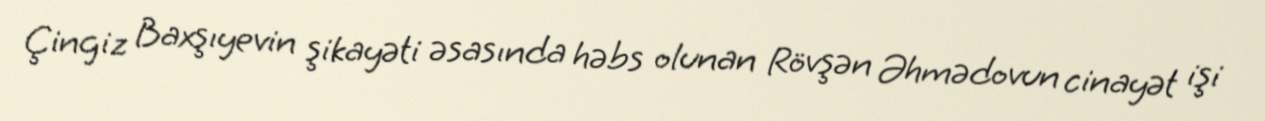
Çingiz Baxşıyevin şikayəti əsasında həbs olunan Rövşən Əhmədovun cinayət işi